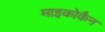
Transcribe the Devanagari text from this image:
माइकोकैन